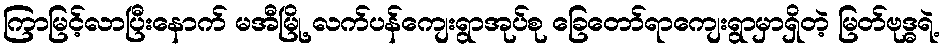
ကြာမြင့်လာပြီးနောက် မအီမြို့ လက်ပန်ကျေးရွာအုပ်စု ခြေတော်ရာကျေးရွာမှာရှိတဲ့ မြတ်ဗုဒ္ဓရဲ့